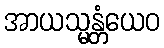
အာယသ္မန္တံယေဝ